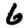
Digit: 6